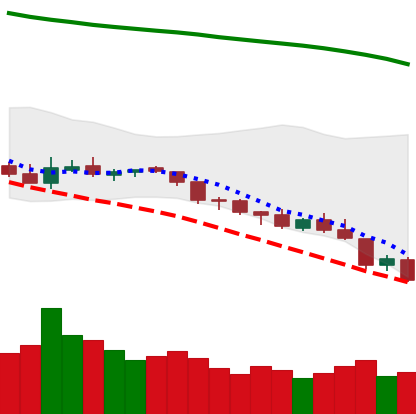
Ticker: NEO-USD
Chart end date: 2018-08-10
Forward return: -20.527%
Label: down_7plus